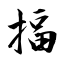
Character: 揊